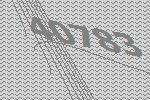
40783